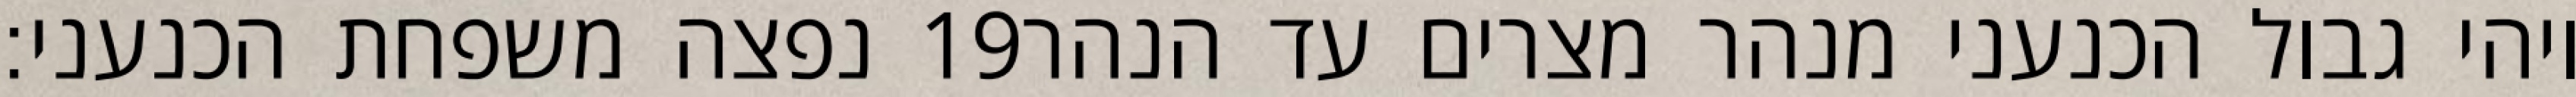
נפצה משפחת הכנעני׃ ‎19‏ ויהי גבול הכנעני מנהר מצרים עד הנהר